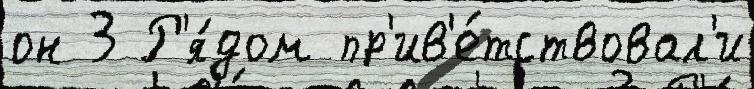
он 3 Р'я́дом пр'ив'е́тствовал'и